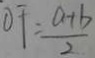
O F = \frac { a + b } { 2 }